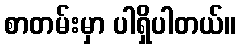
စာတမ်းမှာ ပါရှိပါတယ်။